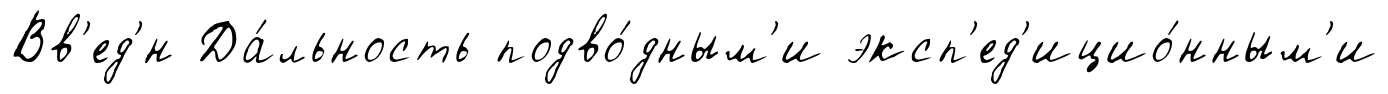
Вв'ед'́н Да́льность подво́дным'и эксп'ед'ицио́нным'и